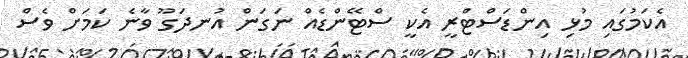
އެކަމުގައި މުޅި އިންޑަސްޓްރީ އެކީ ސްޓޭންޑެއް ނަގަން އުނދަގޫ ވާނެ ކަމަށް ވެސް